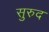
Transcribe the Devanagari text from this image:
सुरुद